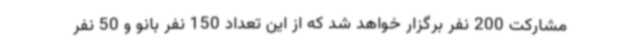
مشارکت 200 نفر برگزار خواهد شد که از این تعداد 150 نفر بانو و 50 نفر